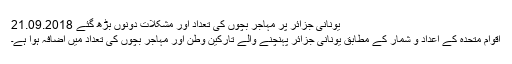
یونانی جزائر پر مہاجر بچوں کی تعداد اور مشکلات دونوں بڑھ گئے 21.09.2018
اقوام متحدہ کے اعداد و شمار کے مطابق یونانی جزائر پہنچنے والے تارکین وطن اور مہاجر بچوں کی تعداد میں اضافہ ہوا ہے۔